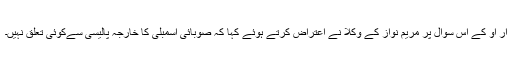
آر او کے اس سوال پر مریم نواز کے وکلا نے اعتراض کرتے ہوئے کہا کہ صوبائی اسمبلی کا خارجہ پالیسی سےکوئی تعلق نہیں۔